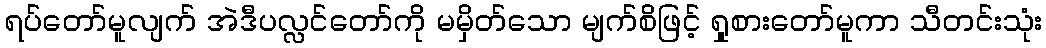
ရပ်တော်မူလျက် အဲဒီပလ္လင်တော်ကို မမှိတ်သော မျက်စိဖြင့် ရှုစားတော်မူကာ သီတင်းသုံး